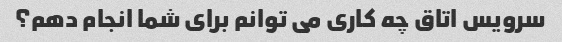
سرویس اتاق چه کاری می توانم برای شما انجام دهم؟